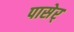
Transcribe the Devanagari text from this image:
पासेर्